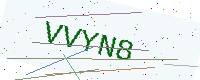
Text: VVYN8